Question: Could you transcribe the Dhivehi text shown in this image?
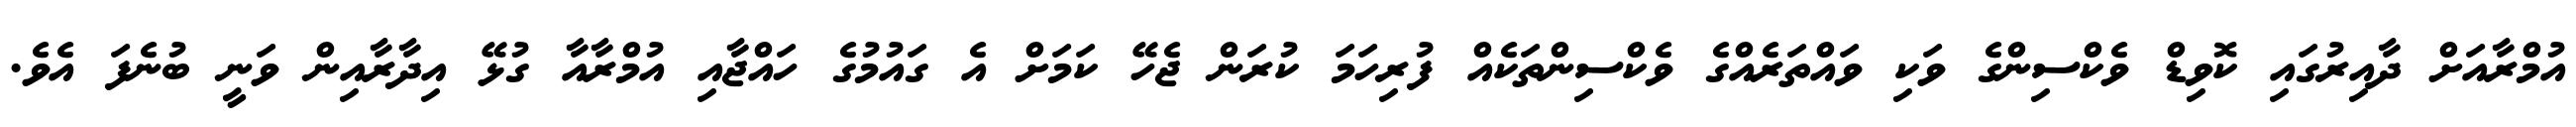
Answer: އުމްރާއަށް ދާއިރުގައި ކޮވިޑް ވެކްސިންގެ ވަކި ވައްތަރެއްގެ ވެކްސިންތަކެއް ފުރިހަމަ ކުރަން ޖެހޭ ކަމަށް އެ ގައުމުގެ ހައްޖާއި އުމްރާއާ ގުޅޭ އިދާރާއިން ވަނީ ބުނެފަ އެވެ.